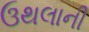
ઉથલાની